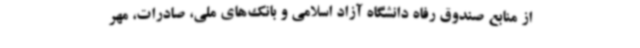
از منابع صندوق رفاه دانشگاه آزاد اسلامی و بانک‌های ملی، صادرات، مهر